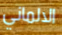
الالماني